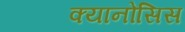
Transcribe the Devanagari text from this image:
क्यानोसिस